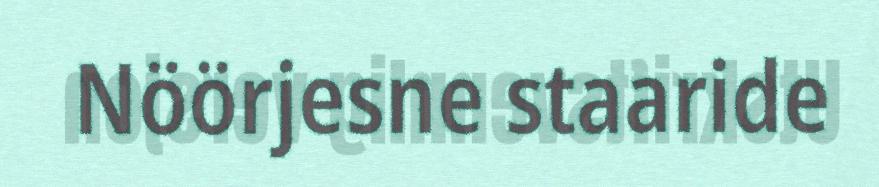
Nöörjesne staaride